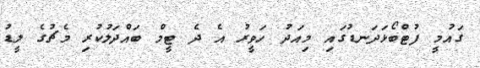
ގައުމީ ފުޓްބޯޅަދަނޑުގައި މިއަދު ހަވީރު އެ ދެ ޓީމް ބައްދަލުކުރި މެޗުގެ ލީޑު